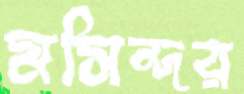
মসিন্দর